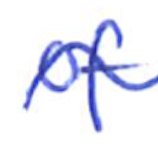
Text: of
Cross-out: wave
Writing tool: ballpoint